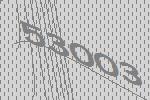
53003